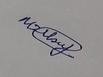
Signature authenticity: genuine